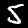
Digit: 5